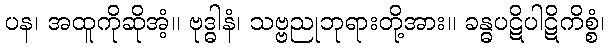
ပန၊ အထူကိုဆိုအံ့။ ဗုဒ္ဓါနံ၊ သဗ္ဗညုဘုရားတို့အား။ ခန္ဓပဋိပါဋိကိစ္စံ၊